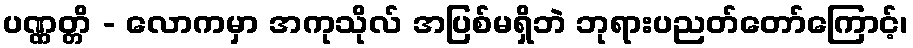
ပဏ္ဏတ္တိ - လောကမှာ အကုသိုလ် အပြစ်မရှိဘဲ ဘုရားပညတ်တော်ကြောင့်၊